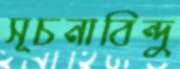
সূচনাবিন্দু